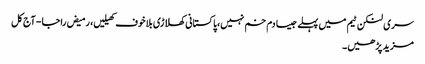
سری لنکن ٹیم میں پہلے جیسا دم خم نہیں،پاکستانی کھلاڑی بلاخوف کھیلیں، رمیض راجا - آج کل
مزید پڑھیں۔